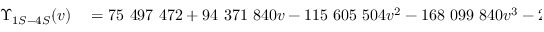
\begin{array} { r l } { \Upsilon _ { 1 S - 4 S } ( v ) } & { { } = 7 5 ~ 4 9 7 ~ 4 7 2 + 9 4 ~ 3 7 1 ~ 8 4 0 v - 1 1 5 ~ 6 0 5 ~ 5 0 4 v ^ { 2 } - 1 6 8 ~ 0 9 9 ~ 8 4 0 v ^ { 3 } - 2 9 ~ 1 9 6 ~ 2 8 8 v ^ { 4 } } \end{array}